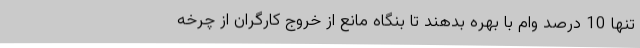
تنها 10 درصد وام با بهره بدهند تا بنگاه مانع از خروج کارگران از چرخه